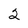
Character: 2